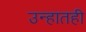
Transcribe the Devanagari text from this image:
उन्हातही